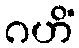
ဂဟိံ